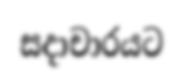
සදාචාරයට